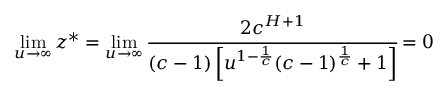
\operatorname* { l i m } _ { u \to \infty } z ^ { * } = \operatorname* { l i m } _ { u \to \infty } \cfrac { 2 c ^ { H + 1 } } { ( c - 1 ) \left[ u ^ { 1 - \frac { 1 } { c } } ( c - 1 ) ^ { \frac { 1 } { c } } + 1 \right] } = 0